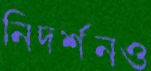
নিদর্শনও